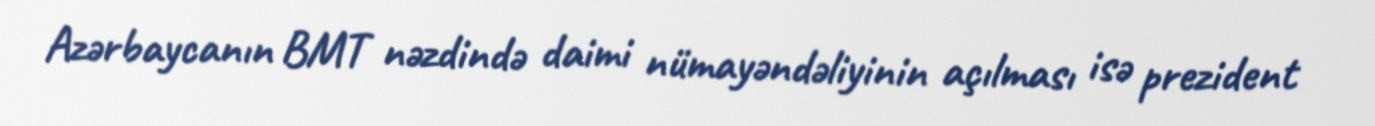
Azərbaycanın BMT nəzdində daimi nümayəndəliyinin açılması isə prezident